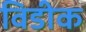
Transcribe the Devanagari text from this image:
विडीक